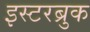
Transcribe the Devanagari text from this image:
इस्टरब्रुक